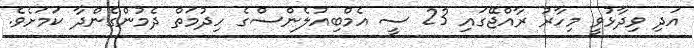
އަދި ވިދާޅުވީ މިހާރު ރާއްޖޭގައި 23 ސީ އެމްބިއުލެންސްގެ ހިދުމަތް ދެމުންގެންދާ ކަމަށެވެ.